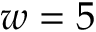
w = 5